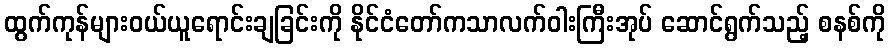
ထွက်ကုန်များဝယ်ယူရောင်းချခြင်းကို နိုင်ငံတော်ကသာလက်ဝါးကြီးအုပ် ဆောင်ရွက်သည့် စနစ်ကို